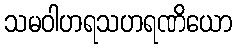
သမဝါဟရသဟရဏိယော